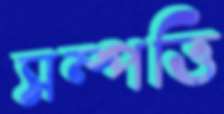
সম্পত্তি